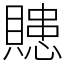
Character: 贃